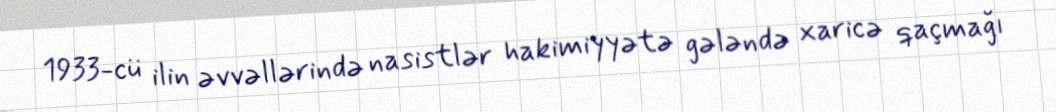
1933-cü ilin əvvəllərində nasistlər hakimiyyətə gələndə xaricə qaçmağı